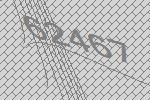
62467